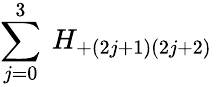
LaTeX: \sum_{j=0}^{3}\: H_{+(2j+1)(2j+2)}\: